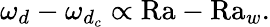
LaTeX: \omega_{d}-\omega_{d_{c}}\propto\textrm{Ra}-\textrm{Ra}_{w}.